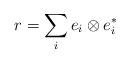
LaTeX: \begin{align*}r=\sum_i e_i\otimes e_i^\ast\end{align*}